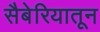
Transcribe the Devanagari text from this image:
सैबेरियातून